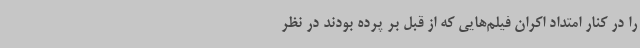
را در کنار امتداد اکران فیلم‌هایی که از قبل بر پرده بودند در نظر